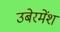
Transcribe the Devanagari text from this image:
उबेरमेंश